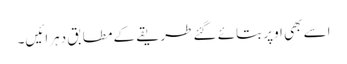
اسے بھی اوپر بتائے گئے طریقے کے مطابق دہرائیں۔